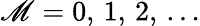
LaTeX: \mathscr{M}=0,\, 1,\, 2,\, \dots